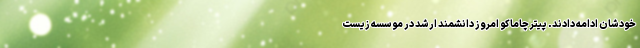
خودشان ادامه دادند. پیتر چاماکو امروز دانشمندِ ارشد در موسسه زیست